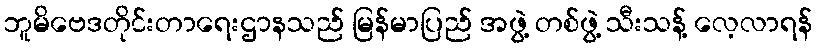
ဘူမိဗေဒတိုင်းတာရေးဌာနသည် မြန်မာပြည် အဖွဲ့ တစ်ဖွဲ့ သီးသန့် လေ့လာရန်